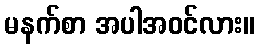
မနက်စာ အပါအဝင်လား။